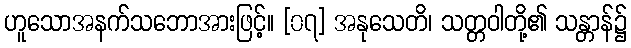
ဟူသောအနက်သဘောအားဖြင့်။ [၀၇] အနုသေတိ၊ သတ္တဝါတို့၏ သန္တာန်၌